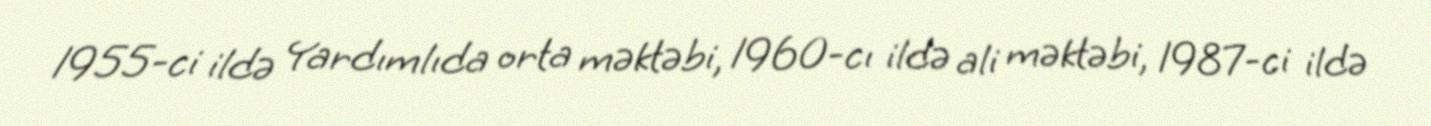
1955-ci ildə Yardımlıda orta məktəbi, 1960-cı ildə ali məktəbi, 1987-ci ildə